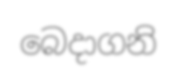
බෙදාගනි